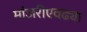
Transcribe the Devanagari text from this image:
मांजरीएवढ्या